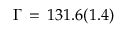
\Gamma \, = \, 1 3 1 . 6 ( 1 . 4 )